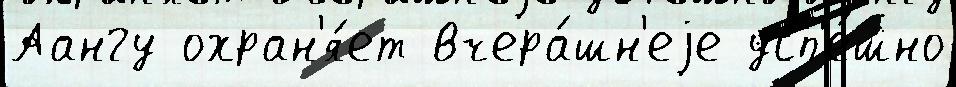
Аангу охран'я́ет вчера́шн'еjе усп'е́шно